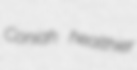
Coniah healthier